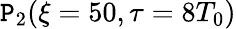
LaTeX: \mathtt{P}_{2}(\xi=50,\tau=8T_{0})